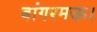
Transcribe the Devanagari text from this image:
बांगरमऊ।